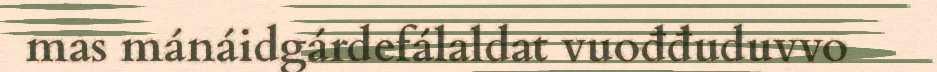
mas mánáidgárdefálaldat vuođđuduvvo